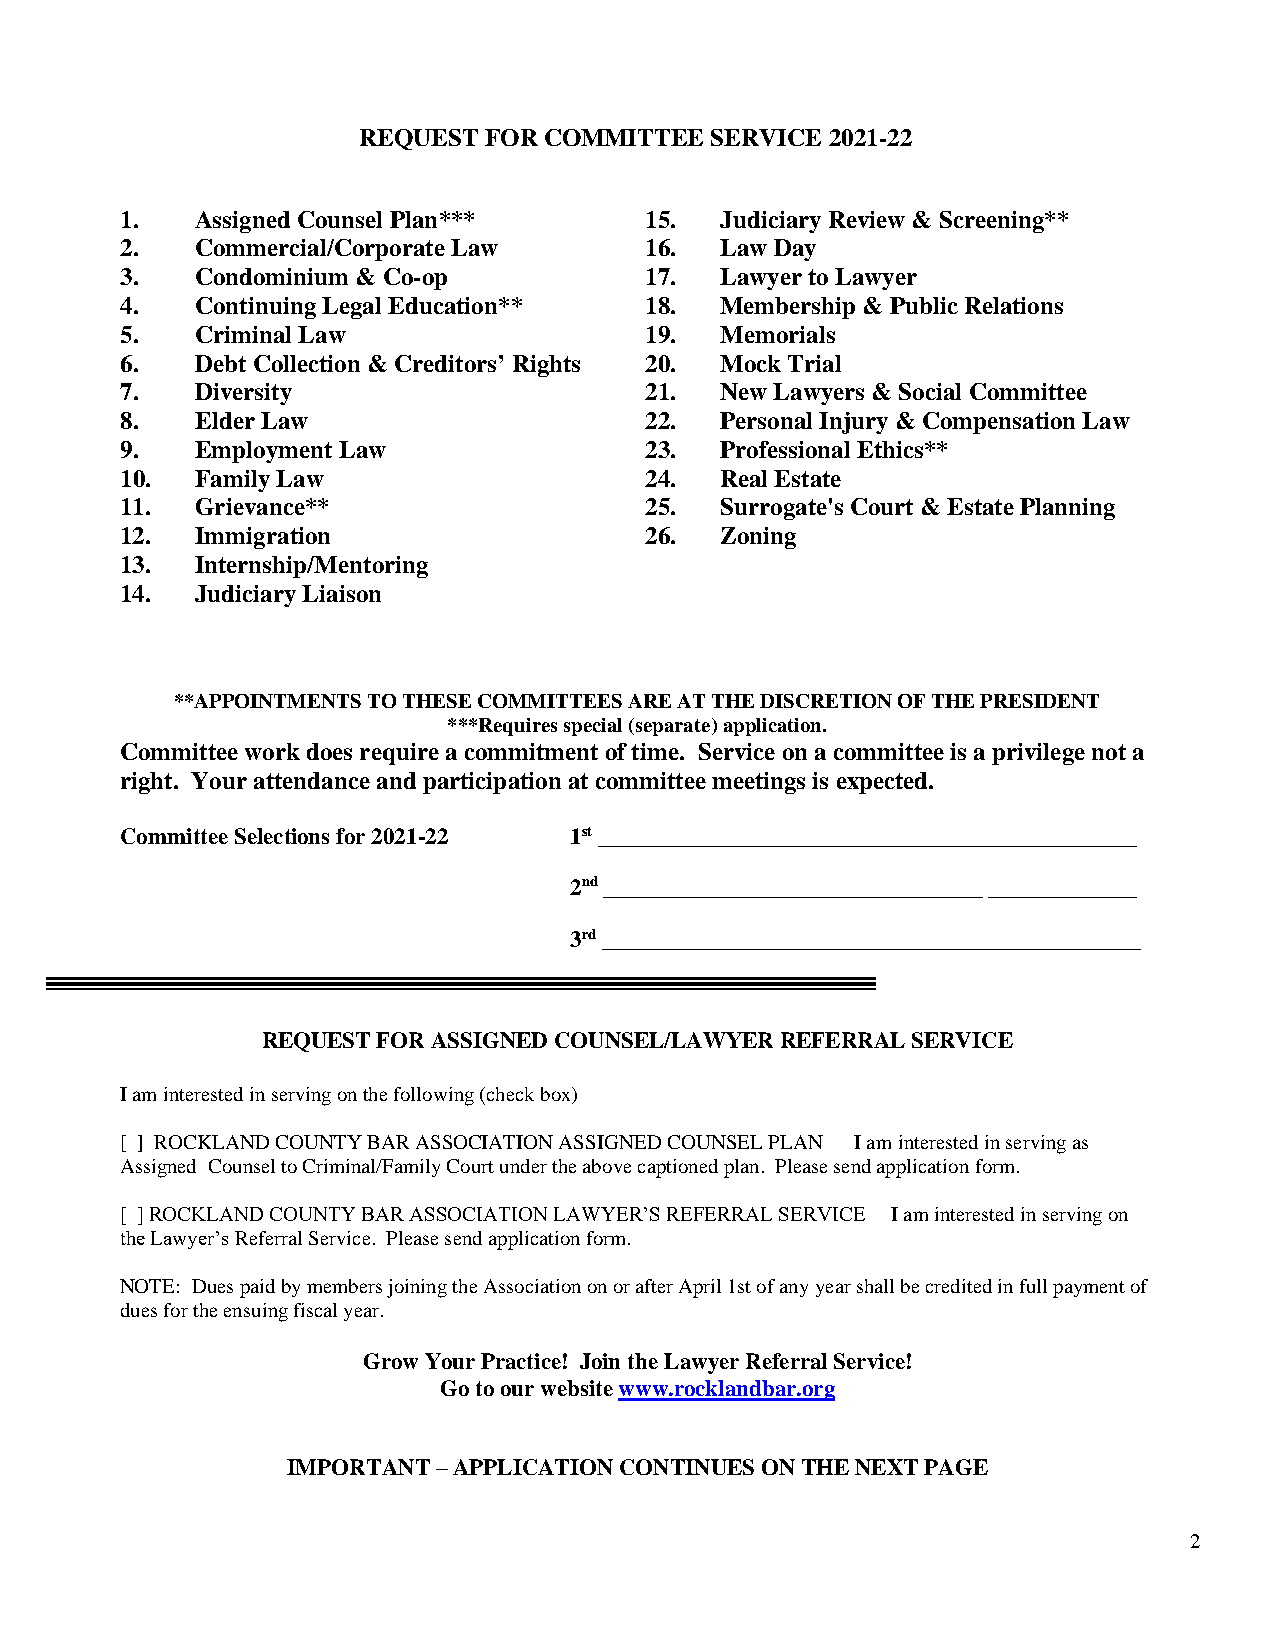
REQUEST FOR COMMITTEE  SERVICE 2021-22
 1.   Assigned Counsel Plan***      15.  Judiciary Review & Screening**
 2.   Commercial/Corporate Law      16.  Law Day
 3.   Condominium & Co-op           17.  Lawyer to Lawyer
 4.   Continuing Legal Education**  18.  Membership & Public Relations
 5.   Criminal Law                  19.  Memorials
 6.   Debt Collection & Creditors’ Rights 20. Mock Trial
 7.   Diversity                     21.  New Lawyers & Social Committee
 8.   Elder Law                     22.  Personal Injury & Compensation Law
 9.   Employment Law                23.  Professional Ethics**
 10.  Family Law                    24.  Real Estate
 11.  Grievance**                   25.  Surrogate's Court & Estate Planning
 12.  Immigration                   26.  Zoning
 13.  Internship/Mentoring
 14.  Judiciary Liaison
 **APPOINTMENTS TO THESE COMMITTEES ARE AT THE DISCRETION OF THE PRESIDENT
 ***Requires special (separate) application.
 Committee work does require a commitment of time. Service on a committee is a privilege not a
 right. Your attendance and participation at committee meetings is expected.
 Committee Selections for 2021-22 1st _______________________________________________
 2nd _________________________________ _____________
 3rd _______________________________________________
 REQUEST FOR ASSIGNED COUNSEL/LAWYER REFERRAL SERVICE
 I am interested in serving on the following (check box)
 [ ] ROCKLAND COUNTY BAR ASSOCIATION ASSIGNED COUNSEL PLAN I am interested in serving as
 Assigned Counsel to Criminal/Family Court under the above captioned plan. Please send application form.
 [ ] ROCKLAND COUNTY BAR ASSOCIATION LAWYER’S REFERRAL SERVICE I am interested in serving on
 the Lawyer’s Referral Service. Please send application form.
 NOTE: Dues paid by members joining the Association on or after April 1st of any year shall be credited in full payment of
 dues for the ensuing fiscal year.
 Grow Your Practice! Join the Lawyer Referral Service!
 Go to our website www.rocklandbar.org
 IMPORTANT – APPLICATION CONTINUES ON THE NEXT PAGE
 2